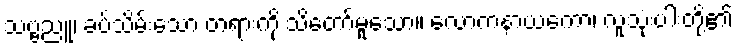
သဗ္ဗညူ၊ ခပ်သိမ်းသော တရားကို သိတော်မူသော။ လောကနာယကော၊ လူသုံးပါးတို့၏